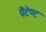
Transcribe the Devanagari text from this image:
पैटेण्ट